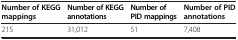
<table><thead><tr><td><b>Number of KEGG mappings</b></td><td><b>Number of KEGG annotations</b></td><td><b>Number of PID mappings</b></td><td><b>Number of PID annotations</b></td></tr></thead><tbody><tr><td>215</td><td>31,012</td><td>51</td><td>7,408</td></tr></tbody></table>